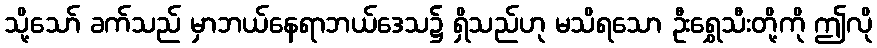
သို့သော် ခက်သည် မှာဘယ်နေရာဘယ်ဒေသ၌ ရှိသည်ဟု မသိရသော ဦးရွှေသီးတို့ကို ဤလို